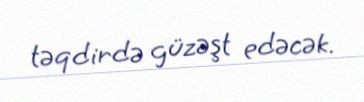
təqdirdə güzəşt edəcək.